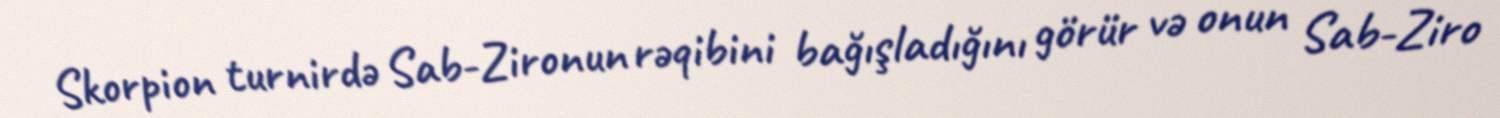
Skorpion turnirdə Sab-Zironun rəqibini bağışladığını görür və onun Sab-Ziro